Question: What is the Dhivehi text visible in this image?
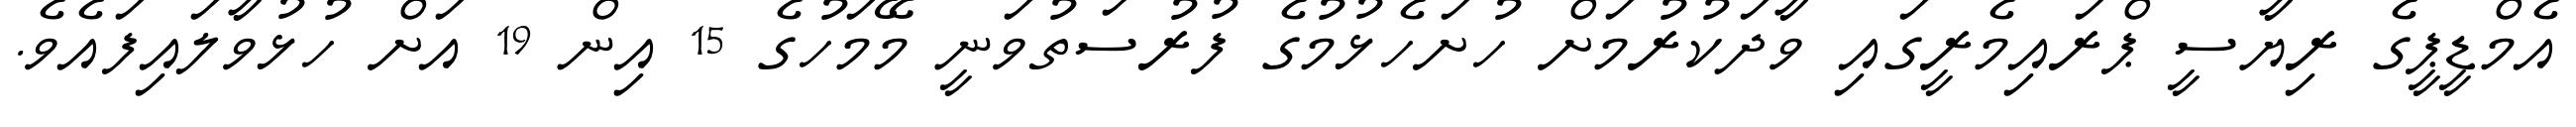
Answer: އެމްޑީޕީގެ ރިޔާސީ ޕްރައިމެރީގައި ވާދަކުރުމަށް ހުށަހެޅުމުގެ ފުރުސަތުވަނީ މޭމަހުގެ 15 އިން 19 އަށް ހުޅުވާލައިފައެވެ.